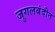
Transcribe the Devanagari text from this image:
जुगलबंदीत